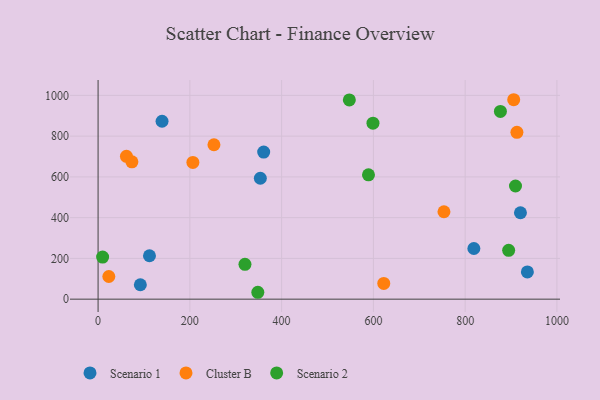
{"axis": {"x": "Price", "y": "Exam Score"}, "legend": ["Cluster B", "Scenario 1", "Scenario 2"], "data": [{"x": "92.1", "y": 70.8, "type": "Scenario 1"}, {"x": "360.9", "y": 721.7, "type": "Scenario 1"}, {"x": "920.5", "y": 423.9, "type": "Scenario 1"}, {"x": "935.6", "y": 133.5, "type": "Scenario 1"}, {"x": "819.0", "y": 248.6, "type": "Scenario 1"}, {"x": "112.0", "y": 212.9, "type": "Scenario 1"}, {"x": "353.6", "y": 593.2, "type": "Scenario 1"}, {"x": "139.4", "y": 873.0, "type": "Scenario 1"}, {"x": "206.6", "y": 670.9, "type": "Cluster B"}, {"x": "252.5", "y": 757.6, "type": "Cluster B"}, {"x": "23.4", "y": 111.1, "type": "Cluster B"}, {"x": "912.8", "y": 818.7, "type": "Cluster B"}, {"x": "61.8", "y": 700.9, "type": "Cluster B"}, {"x": "73.7", "y": 673.8, "type": "Cluster B"}, {"x": "622.6", "y": 77.3, "type": "Cluster B"}, {"x": "905.8", "y": 978.6, "type": "Cluster B"}, {"x": "753.8", "y": 428.8, "type": "Cluster B"}, {"x": "894.8", "y": 239.8, "type": "Scenario 2"}, {"x": "9.9", "y": 206.5, "type": "Scenario 2"}, {"x": "589.3", "y": 610.3, "type": "Scenario 2"}, {"x": "348.1", "y": 33.8, "type": "Scenario 2"}, {"x": "876.8", "y": 921.4, "type": "Scenario 2"}, {"x": "320.1", "y": 170.9, "type": "Scenario 2"}, {"x": "599.1", "y": 863.3, "type": "Scenario 2"}, {"x": "909.7", "y": 555.3, "type": "Scenario 2"}, {"x": "547.6", "y": 977.8, "type": "Scenario 2"}]}